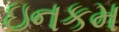
ઇનકમ